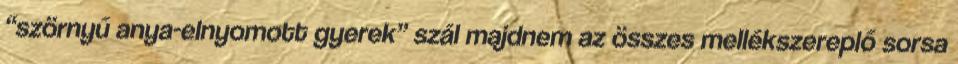
“szörnyű anya-elnyomott gyerek” szál majdnem az összes mellékszereplő sorsa